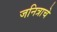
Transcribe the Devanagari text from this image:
जनित्राचे